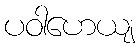
ပဝါဟေယျ